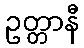
ဥတ္တာနီ